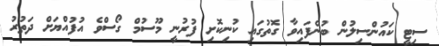
ސިޓީ ކައުންސިލުން ބުނެފައިވާ ގޮތުގައި ކުނިކޮށި ފުރުނީ މޫސުމް ގޯސްވެ އުފުއްޔަށް ދަތުރު